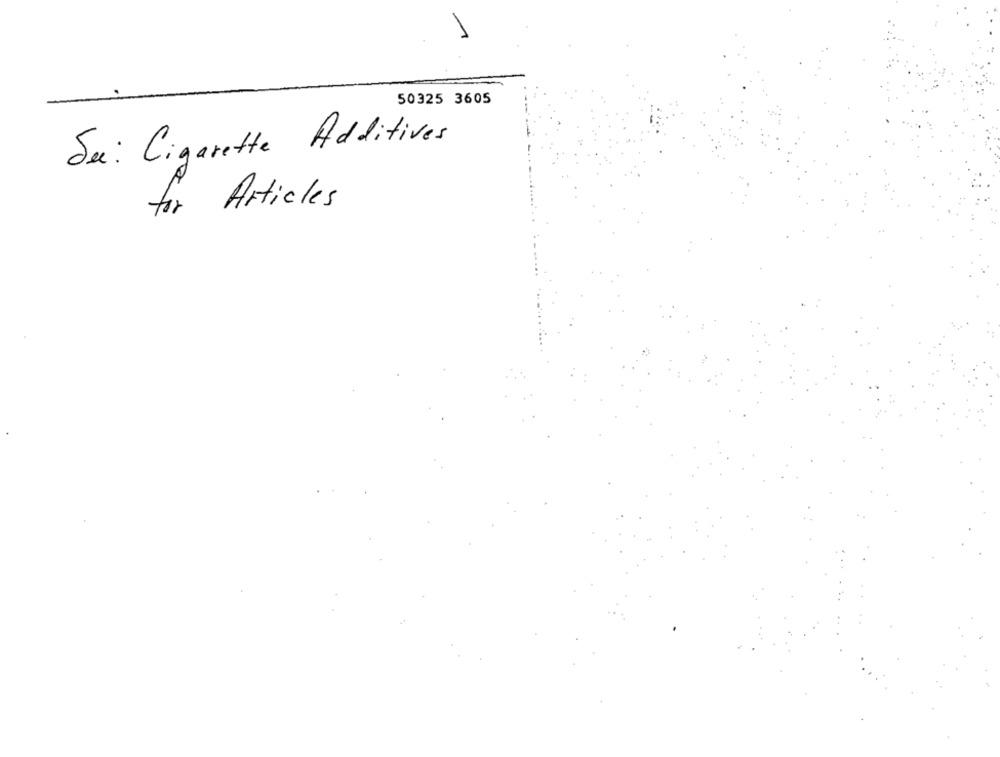
50325 3605
Sei: Cigarette Additives
for Articles